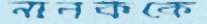
নানককে